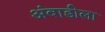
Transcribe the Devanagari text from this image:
अंबाडीला